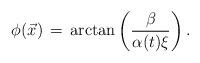
LaTeX: \begin{align*}\phi(\vec{x})\,=\,\arctan\left({\beta\over \alpha(t)\xi}\right).\end{align*}